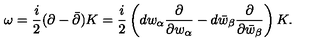
\omega = { \frac { i } { 2 } } ( \partial - \bar { \partial } ) K = { \frac { i } { 2 } } \left( d w _ { \alpha } { \frac { \partial } { \partial w _ { \alpha } } } - d \bar { w } _ { \beta } { \frac { \partial } { \partial \bar { w } _ { \beta } } } \right) K .